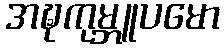
အဍ္ဎကုမ္ဘူပမော